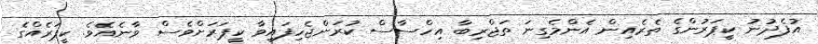
އުފެދުނު ކީޕަރުންގެ ތެރެއިން އެންމެގިނަ ތަޖްރިބާ އިހްސާސް ކުރަންޖެހިފައިވާ ކީޕަރަށްވެސް ވާނެއެވެ. ކީޕަރެއްގެ